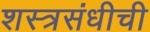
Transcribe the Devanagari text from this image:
शस्त्रसंधीची